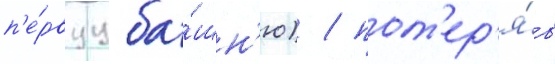
п'е́рвуу ба́шн'ю) / пот'ер'я́в